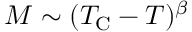
M \sim ( T _ { \mathrm { C } } - T ) ^ { \beta }